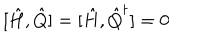
LaTeX: [ \hat { H } , \hat { Q } ] = [ \hat { H } , \hat { Q } ^ { \dagger } ] = 0